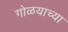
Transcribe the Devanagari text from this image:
गोळयाच्या